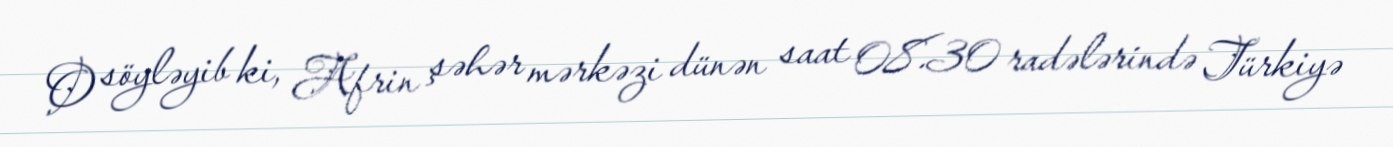
O söyləyib ki, Afrin şəhər mərkəzi dünən saat 08.30 radələrində Türkiyə